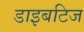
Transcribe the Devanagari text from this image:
डाइबटिज